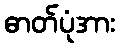
ဓာတ်ပုံအား